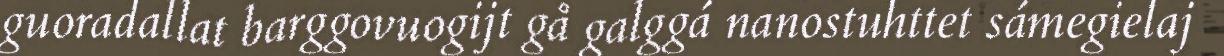
guoradallat barggovuogijt gå galggá nanostuhttet sámegielaj